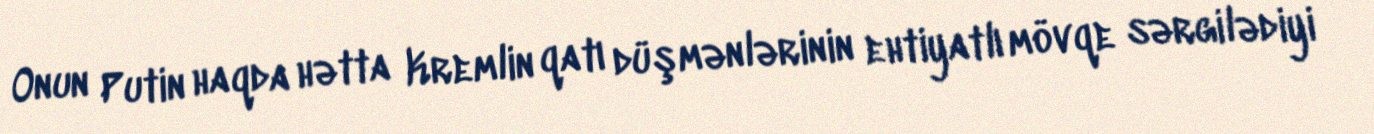
Onun Putin haqda hətta Kremlin qatı düşmənlərinin ehtiyatlı mövqe sərgilədiyi